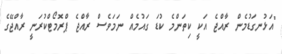
"އަޅުނގަޑުމެން ރާއްޖެ އަކީ ކިތަންމެ ކުޑަ ގައުމެއް ނަމަވެސް ރާއްޖެ ޕްރޮމޯޓްކުރަނީ ރާއްޖޭގެ